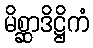
မိစ္ဆာဒိဋ္ဌိကံ